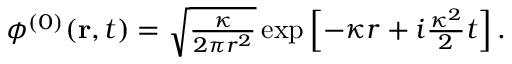
\begin{array} { r } { \phi ^ { ( 0 ) } ( \mathbf { r } , t ) = \sqrt { \frac { \kappa } { 2 \pi r ^ { 2 } } } \exp \left[ - \kappa r + i \frac { \kappa ^ { 2 } } { 2 } t \right] . } \end{array}